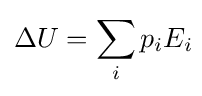
\Delta U=\sum _{i}p_{i}E_{i}\!